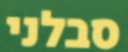
סבלני